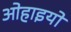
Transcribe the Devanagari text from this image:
ओहाइयो